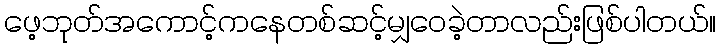
ဖေ့ဘုတ်အကောင့်ကနေတစ်ဆင့်မျှဝေခဲ့တာလည်းဖြစ်ပါတယ်။